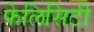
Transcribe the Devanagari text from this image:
फेलिसिटी